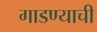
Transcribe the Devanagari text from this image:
गाडण्याची